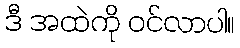
ဒီ အထဲကို ဝင်လာပါ။